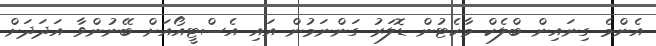
އެންމެ ގިނައިން ބްލެކް މާކެޓުން ޑޮލަރު ގަންނަމުން އައި އެސްޓީއޯއަށް ބޭނުންވާ އަދަދަށް